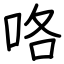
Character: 咯